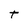
Character: t